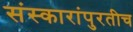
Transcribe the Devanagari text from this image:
संस्कारांपुरतीच